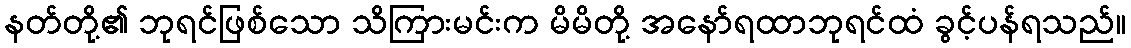
နတ်တို့၏ ဘုရင်ဖြစ်သော သိကြားမင်းက မိမိတို့ အနော်ရထာဘုရင်ထံ ခွင့်ပန်ရသည်။